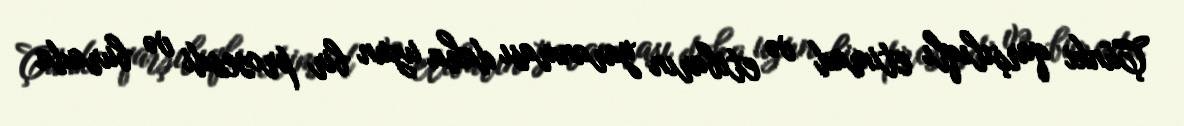
Çünki qarşılıqlı etimad və etibarın yaranması daha uzun bir prosesdi və burada